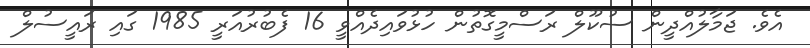
އެވެ. ޖަމާލުއްދީން ސުކޫލް ރަސްމީގޮތުން ހުޅުވައިދެއްވީ 16 ފެބުރުއަރީ 1985 ގައި ރައީސުލް